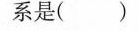
系是()